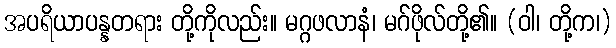
အပရိယာပန္နတရား တို့ကိုလည်း။ မဂ္ဂဖလာနံ၊ မဂ်ဖိုလ်တို့၏။ (ဝါ၊ တို့က၊)